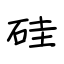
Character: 硅